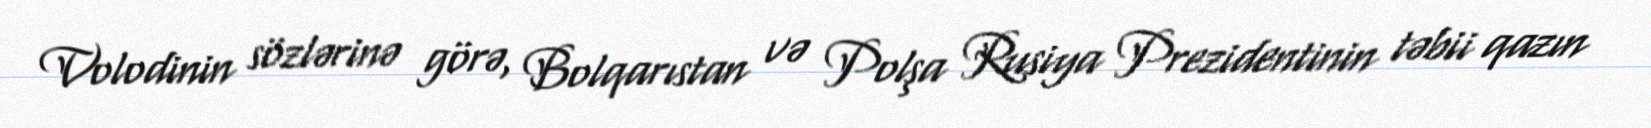
Volodinin sözlərinə görə, Bolqarıstan və Polşa Rusiya Prezidentinin təbii qazın